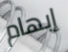
إبهام